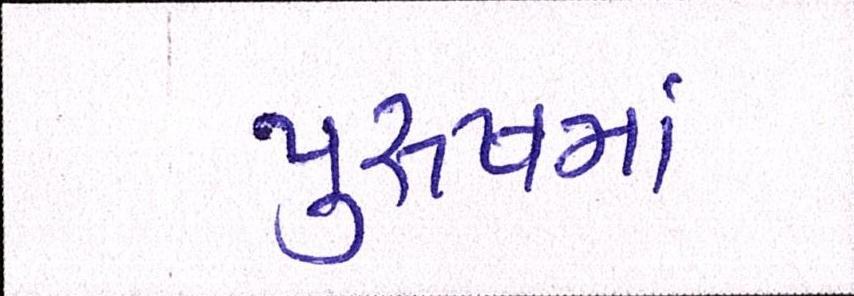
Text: પુરુષમાં